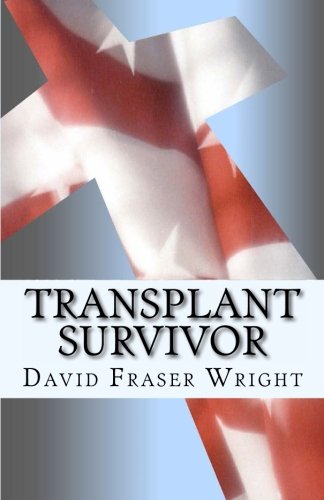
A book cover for Transplant Survivor: The Attitude is Gratitude (Volume 1); David Fraser Wright; Health, Fitness & Dieting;